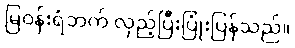
မြဝန်းရံဘက် လှည့်ပြီးပြုံးပြန်သည်။